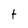
Character: t